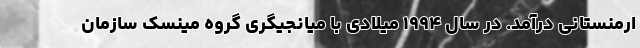
ارمنستانی درآمد. در سال ۱۹۹۴ میلادی با میانجیگری گروه مینسک سازمان